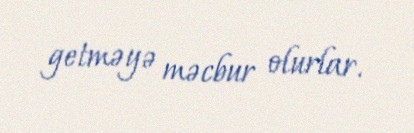
getməyə məcbur olurlar.